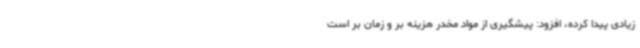
زیادی پیدا کرده، افزود: پیشگیری از مواد مخدر هزینه بر و زمان بر است